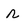
Character: r